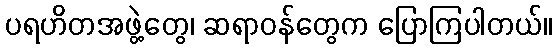
ပရဟိတအဖွဲ့တွေ၊ ဆရာဝန်တွေက ပြောကြပါတယ်။